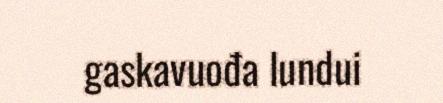
gaskavuođa lundui